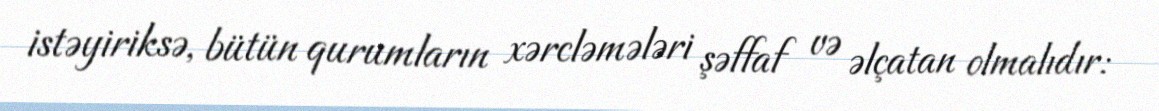
istəyiriksə, bütün qurumların xərcləmələri şəffaf və əlçatan olmalıdır: